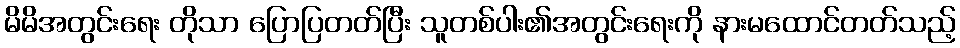
မိမိအတွင်းရေး တိုသာ ပြောပြတတ်ပြီး သူတစ်ပါး၏အတွင်းရေးကို နားမထောင်တတ်သည့်